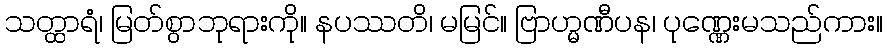
သတ္ထာရံ၊ မြတ်စွာဘုရားကို။ နပဿတိ၊ မမြင်။ ဗြာဟ္မဏီပန၊ ပုဏ္ဏေးမသည်ကား။